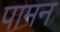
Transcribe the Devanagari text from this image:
पामन